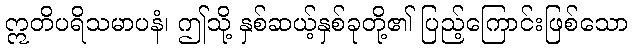
ဣတိပရိသမာပနံ၊ ဤသို့ နှစ်ဆယ့်နှစ်ခုတို့၏ ပြည့်ကြောင်းဖြစ်သော